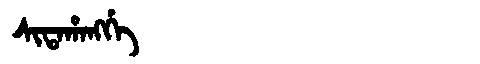
Manchu: ᠰᡳᡨᠠᡥᠠᠩᡤᡝ
Romanization: SITAHANGGE